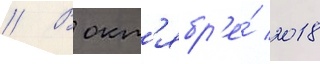
// В окт'ябр'е́ 2018